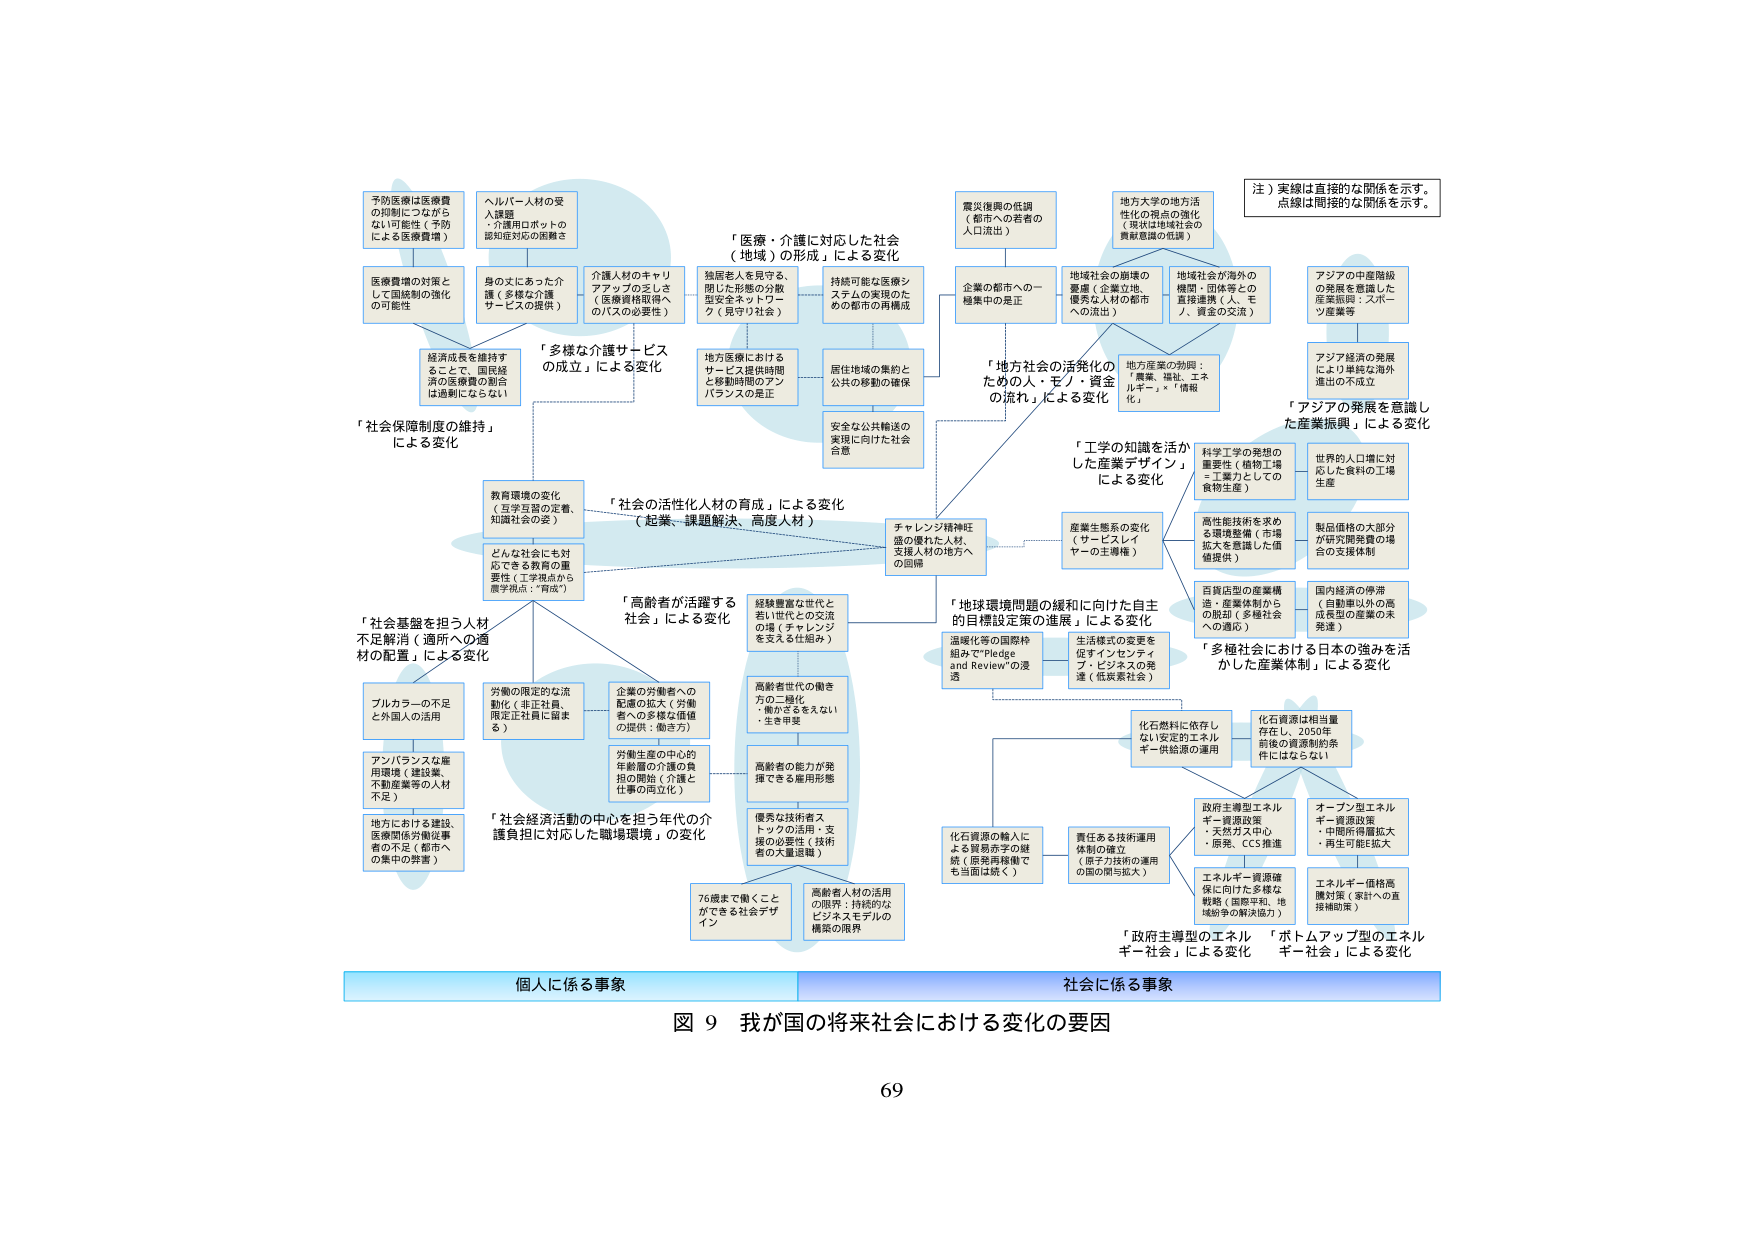
図 9 我が国の将来社会における変化の要因

個人に係る事象
社会に係る事象

「社会保険制度の維持」による変化
予防医療は医療費の抑制につながらない可能性（予防による医療費増）
ヘルパー人材の受入課題・介護用ロボットの認知度対応の困難さ
医療費増の対策として国統制の強化の可能性
身の丈にあった介護（多様な介護サービスの提供）
介護人材のキャリアアップの乏しさ（医療費軽減へのバズの必要性）
経済成長を維持するごとで、国民経済の医療費の割合は過剰にならない

「多様な介護サービスの成立」による変化
独居老人を見守る、閉じた形態の分散型安全ネットワーク（見守り社会）
地方医療におけるサービス提供時間と移動時間のアンバランスの是正
居住地域の集約と公私の移動の確保
安全な公共輸送の実現に向けた社会合意
持続可能な医療システムの実現のための都市の再構成

「医療・介護に対応した社会（地域）の形成」による変化

「社会の活性化人材の育成」による変化（起業、課題解決、高度人材）
教育環境の変化（王学主義の定着、知識社会の姿）
どんな社会にも対応できる教育の重要性（工学視点から教学視点：“育成”）

「高齢者が活躍する社会」による変化
経験豊富な世代と若い世代との交流の場（チャレンジを支える仕組み）
高齢者世代の働き方の二極化・働かざるをえない・生き甲斐
高齢者の能力が発揮できる雇用形態
優秀な技術者ストックの活用・支援の必要性（技術者の大量退職）
76歳まで働くことができる社会デザイン
高齢者人材の活用の限界・持続的なビジネスモデルの構築の限界

「社会基盤を担う人材不足解消（適所への適材の配置）による変化
フルカラーの不足と外国人の活用
アンバランスな雇用環境（建設業、不動産業等の人材不足）
地方における建設、医療関係労働従事者の不足（都市への集中の弊害）
労働の限定的な流動化（非正社員、限定正社員に留まる）
企業の労働者への配慮の拡大（労働者への多様な価値の提供・働き方）
労働生産の中心的年齢層の介護の負担の開始（介護と仕事の両立化）

「社会経済活動の中心を担う年代の介護負担に対応した職場環境」の変化

「地方社会の活性化のための人・モノ・資金の流れ」による変化
企業の都市への一極集中の是正
地域社会の崩壊の憂慮（企業立地、優秀な人材の都市への流出）
地域社会が海外の機関・団体等との直接連携（人、モノ、資金の交流）
地方大学の地方活性化の視点の強化（現状は地域社会の貢献意識の低調）
震災復興の低調（都市への若者の人口流出）
地方産業の勃興：「農業、福祉、エネルギー」×「情報化」
チャレンジ精神旺盛の優れた人材、支援人の地方への回帰

「工学の知識を活かした産業デザイン」による変化
科学工学の発想の重要性（価格工学＝工業力としての食物生産）
産業生態系の変化（サービスレイヤーの主導権）
高性能技術を求める環境整備（市場拡大を意識した価値提供）
製品価格の大部分が研究開発費の場合の支援体制
百貨店型の産業構造・産業体制からの脱却（多様社会への適合）
国内経済の停滞（自動車以外の高成長型の産業の未発達）

「地球環境問題の緩和に向けた自主的目標設定策の進展」による変化
温暖化等の国際枠組みで“Pledge and Review”の浸透
生活様式の変更を促すインセンティブ・ビジネスの発達（低炭素社会）

「多極社会における日本の強みを活かした産業体制」による変化
アジアの中産階級の発展を意識した産業振興：スポーツ産業等
アジア経済の発展により単純な海外進出の不成立
「アジアの発展を意識した産業振興」による変化

「政府主導型のエネルギー社会」による変化
化石燃料に依存しない安定的エネルギー供給源の運用
化石資源は相当量存在し、2050年節電の資源制約条件にはならない
化石資源の輸入による貿易赤字の継続（原発再稼働でも当面は続く）
責任ある技術運用体制の確立（原子力技術の運用の国の関与拡大）
政府主導型エネルギー資源政策・天然ガス中心・原発、CCS推進
エネルギー資源確保に向けた多様な戦略（国際平和、地域紛争の解決協力）

「ボトムアップ型のエネルギー社会」による変化
オープン型エネルギー資源政策・中間所得層拡大・再生可能エネルギー
エネルギー価格高騰対策（家計への直接補助策）

注）実線は直接的な関係を示す。点線は間接的な関係を示す。

69